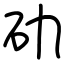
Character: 劯